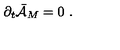
{ \partial } _ { t } \bar { \cal { A } } _ { M } = 0 \ .